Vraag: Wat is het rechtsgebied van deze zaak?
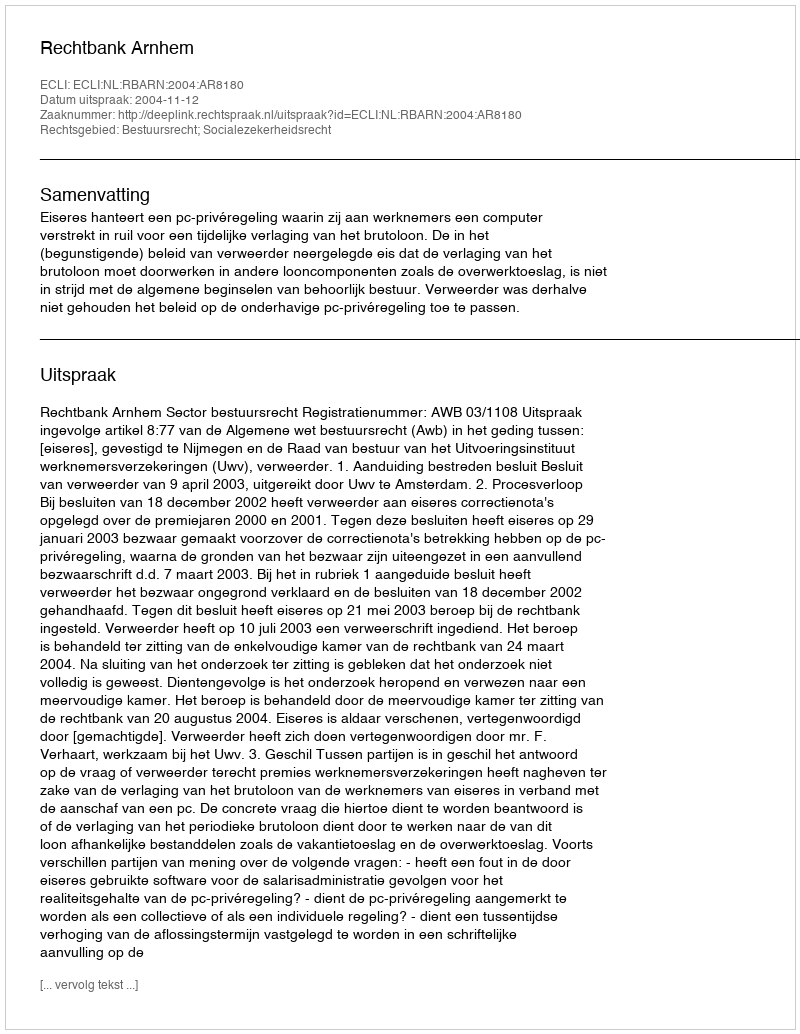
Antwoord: Bestuursrecht; Socialezekerheidsrecht